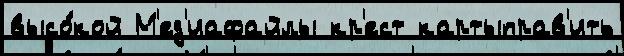
высо́кой М'ед'иафайлы кр'ест картыправ'ить